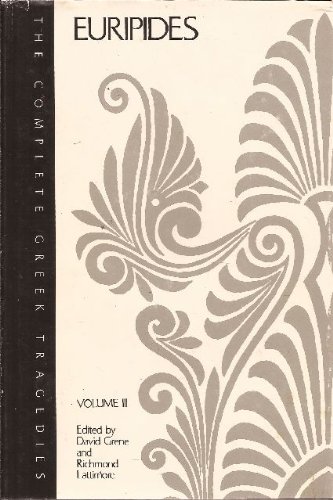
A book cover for Complete Greek Tragedies Euripides; Euripedes; Literature & Fiction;